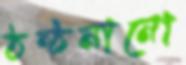
ঠন্‌ঠনানো